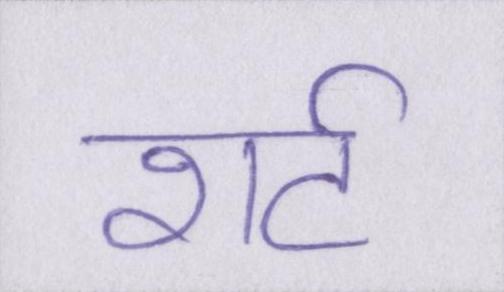
शर्ट